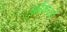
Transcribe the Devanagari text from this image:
ब्लैंकवर्स